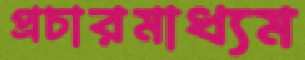
প্রচারমাধ্যম